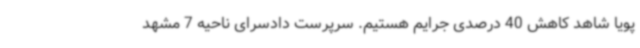
پویا شاهد کاهش 40 درصدی جرایم هستیم. سرپرست دادسرای ناحیه 7 مشهد